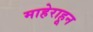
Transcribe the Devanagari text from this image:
माहेराहून